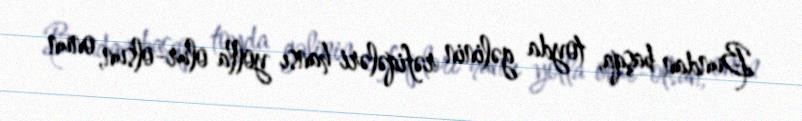
Bundan başqa, toyda gəlinin rəfiqələri hansı yolla olur-olsun, onun